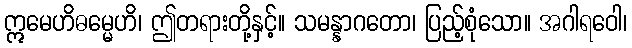
ဣမေဟိဓမ္မေဟိ၊ ဤတရားတို့နှင့်။ သမန္နာဂတော၊ ပြည့်စုံသော။ အဂါရဝေါ၊